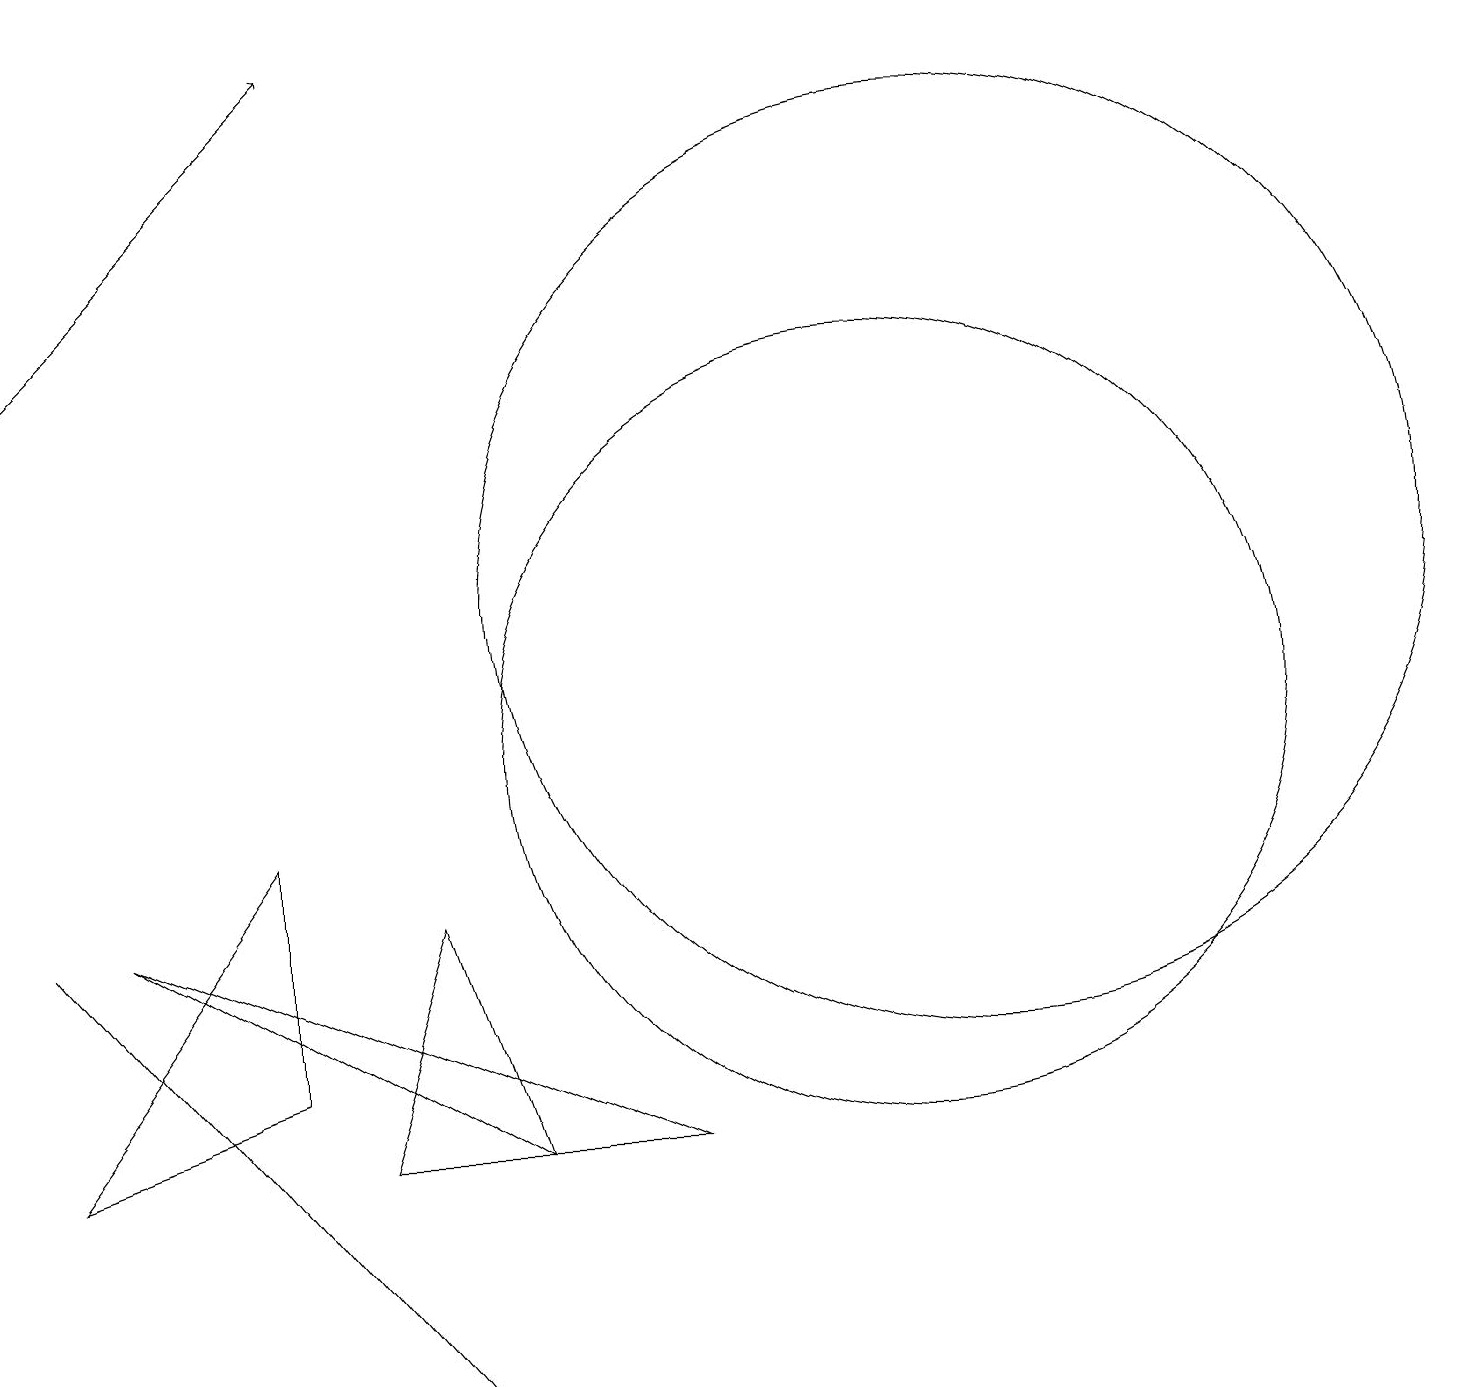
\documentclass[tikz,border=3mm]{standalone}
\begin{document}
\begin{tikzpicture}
\draw (11,10) circle (5);
\draw (5,2) -- (5,2) -- (0,8) -- cycle;
\draw (3,6) -- (0,5) -- (3,9) -- cycle;
\draw (12,12) circle (6);
\draw (4,5) -- (6,5) -- (5,8) -- cycle;
\draw[->] (0,15) -- (4,19);
\draw (6,5) -- (1,8) -- (8,5) -- cycle;
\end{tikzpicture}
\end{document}